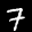
Label: 7